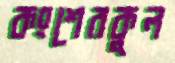
কংশেরকুল